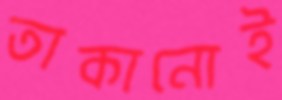
তাকানোই